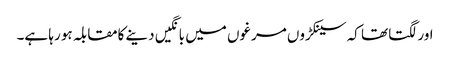
اور لگتا تھا کہ سینکڑوں مرغوں میں بانگیں دینے کامقابلہ ہو رہا ہے۔